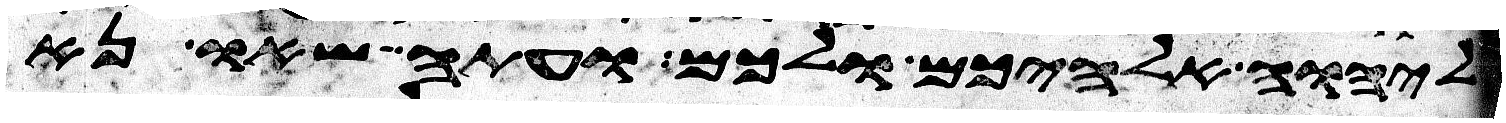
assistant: ליהוה אלהיכם ולכם ועתה שאו נא